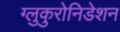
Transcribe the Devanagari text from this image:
ग्लुकुरोनिडेशन